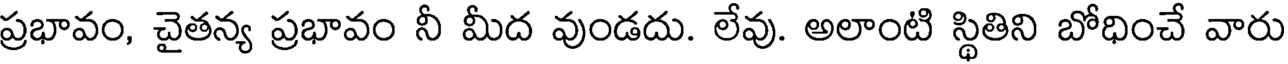
ప్రభావం, చైతన్య ప్రభావం నీ మీద వుండదు. లేవు. అలాంటి స్థితిని బోధించే వారు